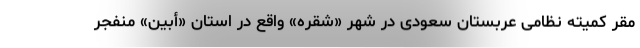
مقر کمیته نظامی عربستان سعودی در شهر «شقره» واقع در استان «أبین» منفجر